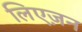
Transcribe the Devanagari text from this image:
लिएज़न